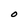
Character: O